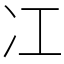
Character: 冮